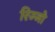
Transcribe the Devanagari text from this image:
रिज्‍जो